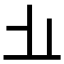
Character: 𱤻